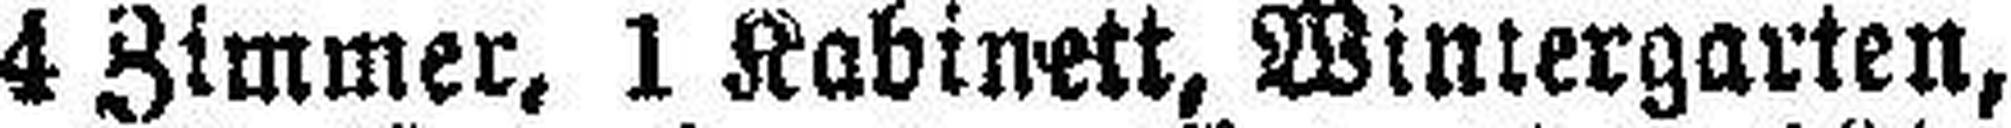
4 Zimmer, 1 Kabinett, Wintergarten,